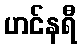
ဟင်နရီ